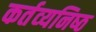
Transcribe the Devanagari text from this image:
कर्तव्‍यनिष्‍ठ